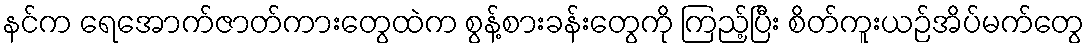
နင်က ရေအောက်ဇာတ်ကားတွေထဲက စွန့်စားခန်းတွေကို ကြည့်ပြီး စိတ်ကူးယဉ်အိပ်မက်တွေ